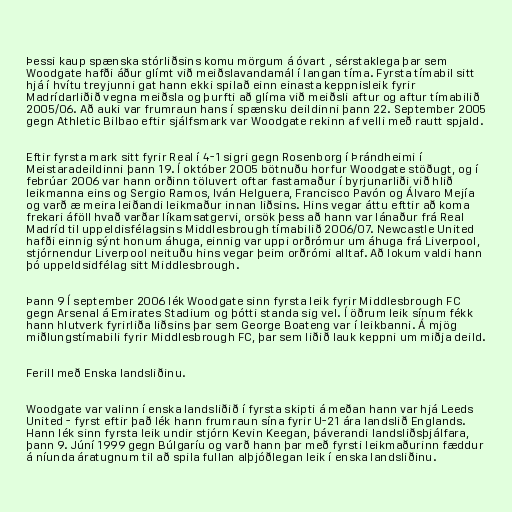
Þessi kaup spænska stórliðsins komu mörgum á óvart , sérstaklega þar sem
Woodgate hafði áður glímt við meiðslavandamál í langan tíma. Fyrsta tímabil sitt
hjá í hvítu treyjunni gat hann ekki spilað einn einasta keppnisleik fyrir
Madrídarliðið vegna meiðsla og þurfti að glíma við meiðsli aftur og aftur tímabilið
2005/06. Að auki var frumraun hans í spænsku deildinni þann 22. September 2005
gegn Athletic Bilbao eftir sjálfsmark var Woodgate rekinn af velli með rautt spjald.

Eftir fyrsta mark sitt fyrir Real í 4-1 sigri gegn Rosenborg í Þrándheimi í
Meistaradeildinni þann 19. Í október 2005 bötnuðu horfur Woodgate stöðugt, og í
febrúar 2006 var hann orðinn töluvert oftar fastamaður í byrjunarliði við hlið
leikmanna eins og Sergio Ramos, Iván Helguera, Francisco Pavón og Álvaro Mejía
og varð æ meira leiðandi leikmaður innan liðsins. Hins vegar áttu efttir að koma
frekari áföll hvað varðar líkamsatgervi, orsök þess að hann var lánaður frá Real
Madríd til uppeldisfélagsins Middlesbrough tímabilið 2006/07. Newcastle United
hafði einnig sýnt honum áhuga, einnig var uppi orðrómur um áhuga frá Liverpool,
stjórnendur Liverpool neituðu hins vegar þeim orðrómi alltaf. Að lokum valdi hann
þó uppeldsidfélag sitt Middlesbrough.

Þann 9 Í september 2006 lék Woodgate sinn fyrsta leik fyrir Middlesbrough FC
gegn Arsenal á Emirates Stadium og þótti standa sig vel. Í öðrum leik sínum fékk
hann hlutverk fyrirliða liðsins þar sem George Boateng var í leikbanni. Á mjög
miðlungstímabili fyrir Middlesbrough FC, þar sem liðið lauk keppni um miðja deild.

Ferill með Enska landsliðinu.

Woodgate var valinn í enska landsliðið í fyrsta skipti á meðan hann var hjá Leeds
United - fyrst eftir það lék hann frumraun sína fyrir U-21 ára landslið Englands.
Hann lék sinn fyrsta leik undir stjórn Kevin Keegan, þáverandi landsliðsþjálfara,
þann 9. Júní 1999 gegn Búlgaríu og varð hann þar með fyrsti leikmaðurinn fæddur
á níunda áratugnum til að spila fullan alþjóðlegan leik í enska landsliðinu.